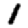
Digit: 1